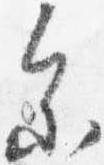
参